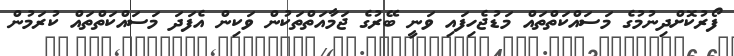
ފޯރުކޮށްދިނުމުގެ މަސައްކަތްތައް މަޑުޖެހިފައި ވަނީ ބޭރުގެ ޖަމާއަތްތަކުން ވަކިން އެފަދަ މަސައްކަތްތައް ކުރަމުން